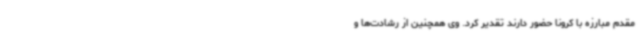
مقدم مبارزه با کرونا حضور دارند تقدیر کرد. وی همچنین از رشادت‌ها و